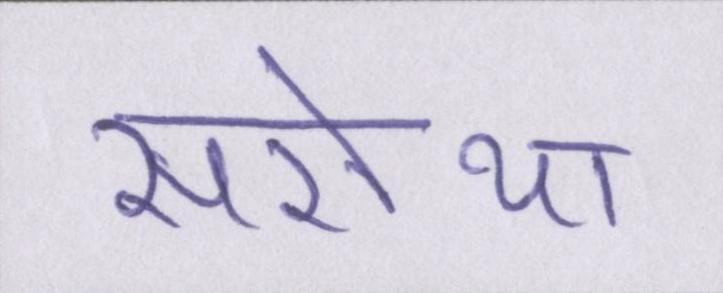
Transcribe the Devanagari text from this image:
सरोथा